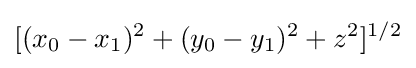
[(x_{0}-x_{1})^{2}+(y_{0}-y_{1})^{2}+z^{2}]^{1/2}